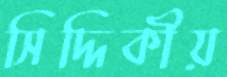
সিদ্দিকীয়